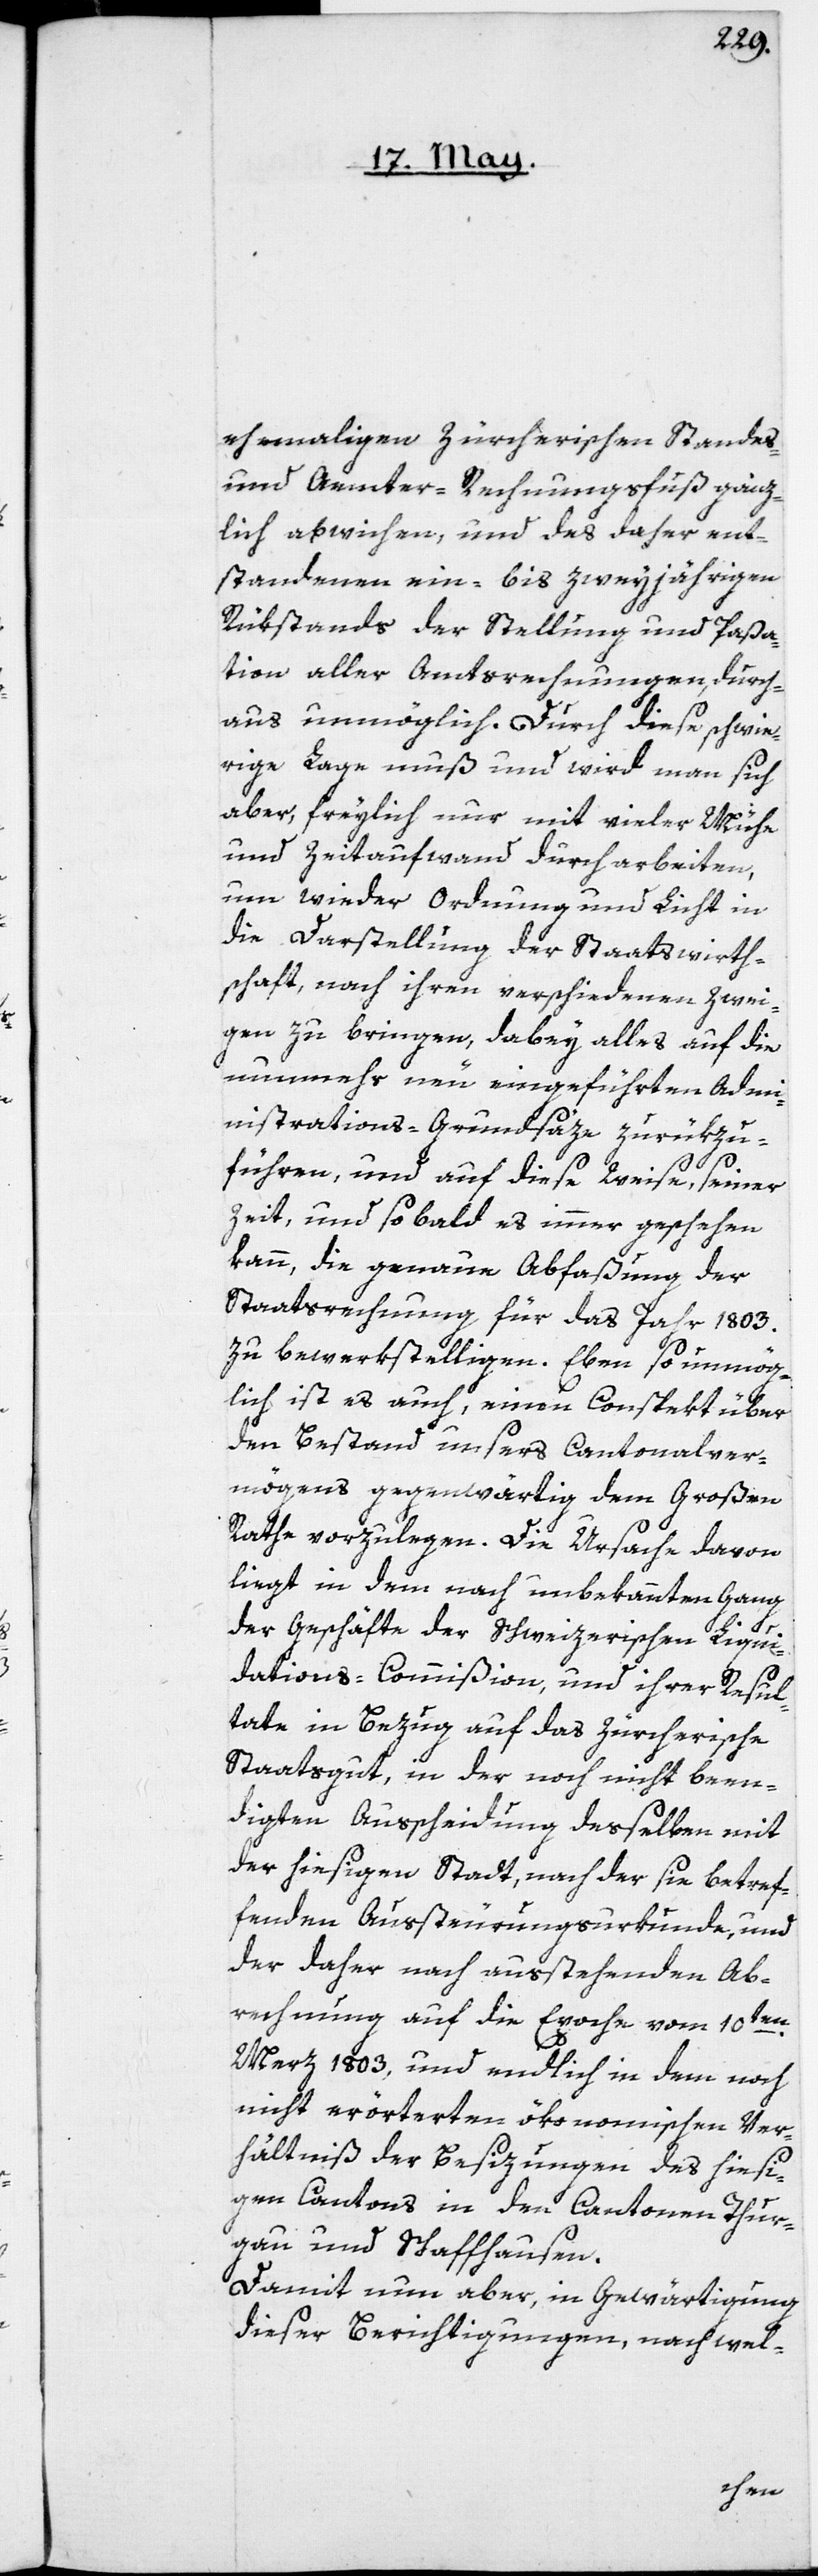
ehemaligen zürcherischen Standes-
und Aemter-Rechnungsfuß gänz¬
lich abwichen, und des daher ent¬
standenen ein- bis zweyjährigen
Rükstands der Stellung und Paßa¬
tion aller Amtsrechnungen, durch¬
aus unmöglich. Durch diese schwie¬
rige Lage muß und wird man sich
aber, freylich nur mit vieler Mühe
und Zeitaufwand durcharbeiten,
um wieder Ordnung und Licht in
die Darstellung der Staatswirth¬
schaft, nach ihren verschiedenen Zwei¬
gen zu bringen, dabey alles auf die
nunmehr neu eingeführten Adm¬
inistrations-Grundsäze zurükzu¬
führen, und auf diese Weise, seiner
Zeit, und so bald es immer geschehen
kann, die genaue Abfaßung der
Staatsrechnung für das Jahr 1803.
zu bewerkstelligen. Eben so unmög¬
lich ist es auch, einen Conspekt über
den Bestand unsers Cantonalver¬
mögens gegenwärtig dem Großen
Rathe vorzulegen. Die Ursache davon
liegt in dem nach unbekannten Gang
der Geschäfte der schweizerischen Liqui¬
dations-Commißion und ihrer Resul¬
tate in Bezug auf das Zürcherische
Staatsgut, in der noch nicht been¬
digten Außcheidung desselben mit
der hiesigen Stadt, nach der sie betref¬
fenden Aussteuerungsurkunde, und
der daher nach ausstehenden Ab¬
rechnung auf die Epoche vom 10ten
Merz 1803, und endlich in dem noch
nicht erörterten ökonomischen Ver¬
hältniß der Besizungen des hiesi¬
gen Cantons in den Cantonen Thur¬
gau und Schaffhausen.
Damit nun aber, in Gewärtigung
dieser Berichtigungen, nach wel-